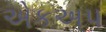
એકઅપ